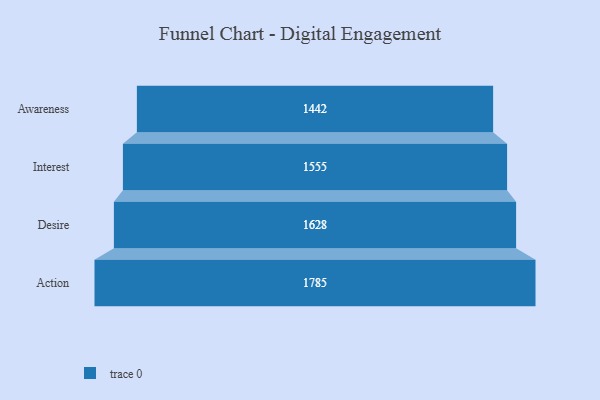
{"axis": {"x": "Stage", "y": "Value"}, "legend": [""], "data": [{"x": "Awareness", "y": 1442.0, "type": ""}, {"x": "Interest", "y": 1555.0, "type": ""}, {"x": "Desire", "y": 1628.0, "type": ""}, {"x": "Action", "y": 1785.0, "type": ""}]}